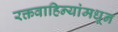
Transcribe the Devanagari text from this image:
रक्तवाहिन्यांमधून